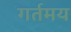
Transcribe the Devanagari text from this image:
गर्तमय